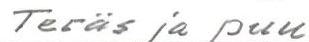
Teräs ja puu